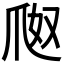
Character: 𤔀